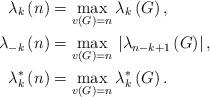
LaTeX: \begin{align*}\lambda_{k}\left( n\right) & =\max_{v\left( G\right) =n}\lambda_{k}\left( G\right) ,\\\lambda_{-k}\left( n\right) & =\max_{v\left( G\right) =n}\text{}\left\vert \lambda_{n-k+1}\left( G\right) \right\vert ,\\\lambda_{k}^{\ast}\left( n\right) & =\max_{v\left( G\right) =n}\lambda_{k}^{\ast}\left( G\right) .\end{align*}